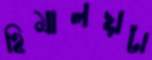
হিমালয়টা